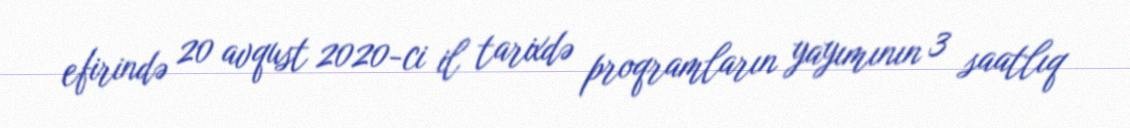
efirində 20 avqust 2020-ci il tarixdə proqramların yayımının 3 saatlıq